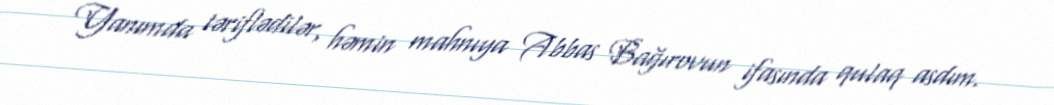
Yanımda təriflədilər, həmin mahnıya Abbas Bağırovun ifasında qulaq asdım.